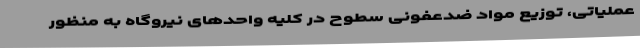
عملیاتی، توزیع مواد ضدعفونی سطوح در کلیه واحدهای نیروگاه به منظور